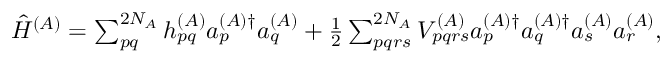
\begin{array} { r } { \hat { H } ^ { ( A ) } = \sum _ { p q } ^ { 2 N _ { A } } h _ { p q } ^ { ( A ) } a _ { p } ^ { ( A ) \dagger } a _ { q } ^ { ( A ) } + \frac { 1 } { 2 } \sum _ { p q r s } ^ { 2 N _ { A } } V _ { p q r s } ^ { ( A ) } a _ { p } ^ { ( A ) \dagger } a _ { q } ^ { ( A ) \dagger } a _ { s } ^ { ( A ) } a _ { r } ^ { ( A ) } , } \end{array}